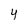
Character: 4